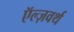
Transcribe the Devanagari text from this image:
ऍल्ज़वर्थ